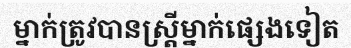
ម្នាក់ត្រូវបានស្ត្រីម្នាក់ផ្សេងទៀត